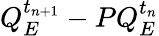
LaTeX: Q_{E}^{t_{n+1}}-PQ_{E}^{t_{n}}